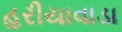
હરીયાવાડા